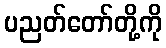
ပညတ်တော်တို့ကို